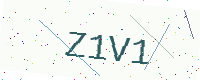
Text: Z1V1